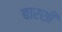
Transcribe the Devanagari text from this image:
बारशी